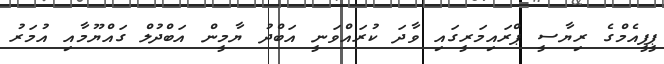
ޕީޕީއެމްގެ ރިޔާސީ ޕްރައިމަރީގައި ވާދަ ކުރައްވަނީ އަބްދު ޔާމީން އަބްދުލް ގައްޔޫމާއި އުމަރު